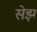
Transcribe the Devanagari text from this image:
सेझ